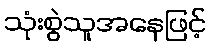
သုံးစွဲသူအနေဖြင့်